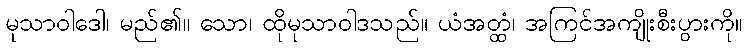
မုသာဝါဒေါ၊ မည်၏။ သော၊ ထိုမုသာဝါဒသည်။ ယံအတ္ထံ၊ အကြင်အကျိုးစီးပွားကို။